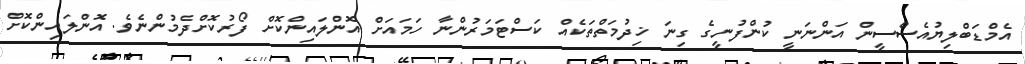
އެމްޑަބްލިޔުއެސްސީން އަންނަނީ ކުންފުނީގެ ގިނަ ޚިދުމަތްތަކެއް ކަސްޓަމަރުންނާ ހަމައަށް އޮންލައިންކޮށް ފޯރުކޮށްދެމުންނެވެ. އޮންލައިންކޮށް